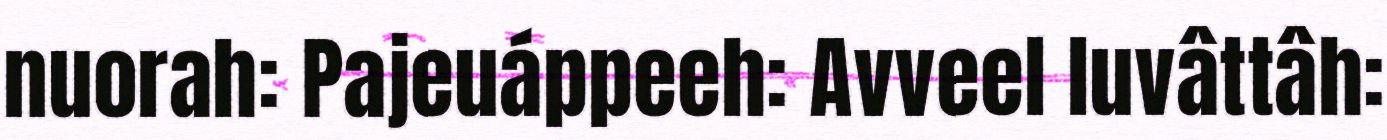
nuorah: Pajeuáppeeh: Avveel luvâttâh: